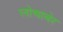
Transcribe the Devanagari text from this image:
लोचाबेर